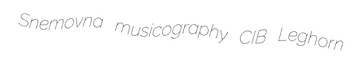
Snemovna musicography CIB Leghorn